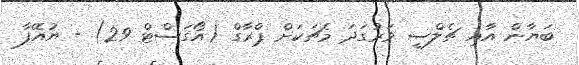
ބަޔާން އާއި ޗެލްސީ ވަރުގަދަ މެޗަކަށް ޕްރާގް (އޯގަސްޓް 29) - ޔުއޭފާ